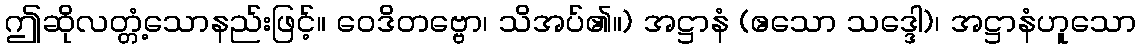
ဤဆိုလတ္တံ့သောနည်းဖြင့်။ ဝေဒိတဗ္ဗော၊ သိအပ်၏။) အဋ္ဌာနံ (ဧသော သဒ္ဒေါ)၊ အဋ္ဌာနံဟူသော